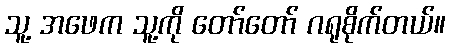
သူ့ အဖေက သူ့ကို တော်တော် ဂရုစိုက်တယ်။